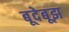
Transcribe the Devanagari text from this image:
बूदेबूझ